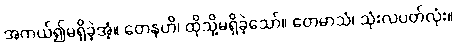
အကယ်၍မရှိခဲ့အံ့။ တေနဟိ၊ ထိုသို့မရှိခဲ့သော်။ တေမာသံ၊ သုံးလပတ်လုံး။